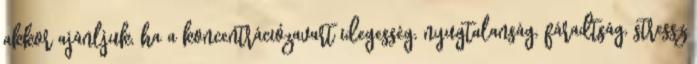
akkor ajánljuk, ha a koncentrációzavart idegesség, nyugtalanság, fáradtság, stressz